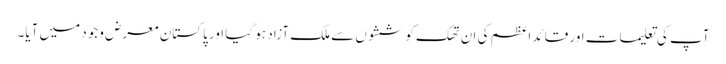
آپ کی تعلیمات اور قائد اعظم کی ان تھک کوششوں سے ملک آزاد ہو گیا اور پاکستان معرض وجود میں آیا۔